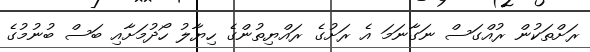
ރަށްތަކުން ރުއްގަސް ނަގާނަމަ އެ ރަށުގެ ރައްޔިތުންގެ ހިޔާލު ހޯދުމަށާއި ބަސް ބުނުމުގެ